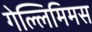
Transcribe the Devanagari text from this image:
गेल्‍लिमिमस